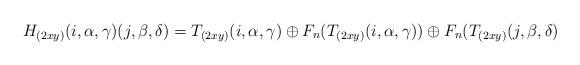
LaTeX: \begin{align*}H_{(2xy)}(i,\alpha,\gamma)(j,\beta,\delta)=T_{(2xy)}(i,\alpha,\gamma)\oplus F_n(T_{(2xy)}(i,\alpha,\gamma))\oplus F_n(T_{(2xy)}(j,\beta,\delta)\end{align*}